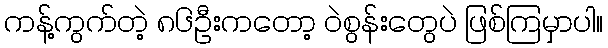
ကန့်ကွက်တဲ့ ၈၆ဦးကတော့ ဝဲစွန်းတွေပဲ ဖြစ်ကြမှာပါ။